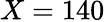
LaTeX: X=140